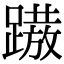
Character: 𨅢